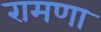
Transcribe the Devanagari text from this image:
रामणा